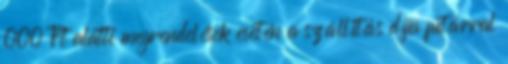
000 Ft alatti megrendelések esetén a szállítás díja futárral